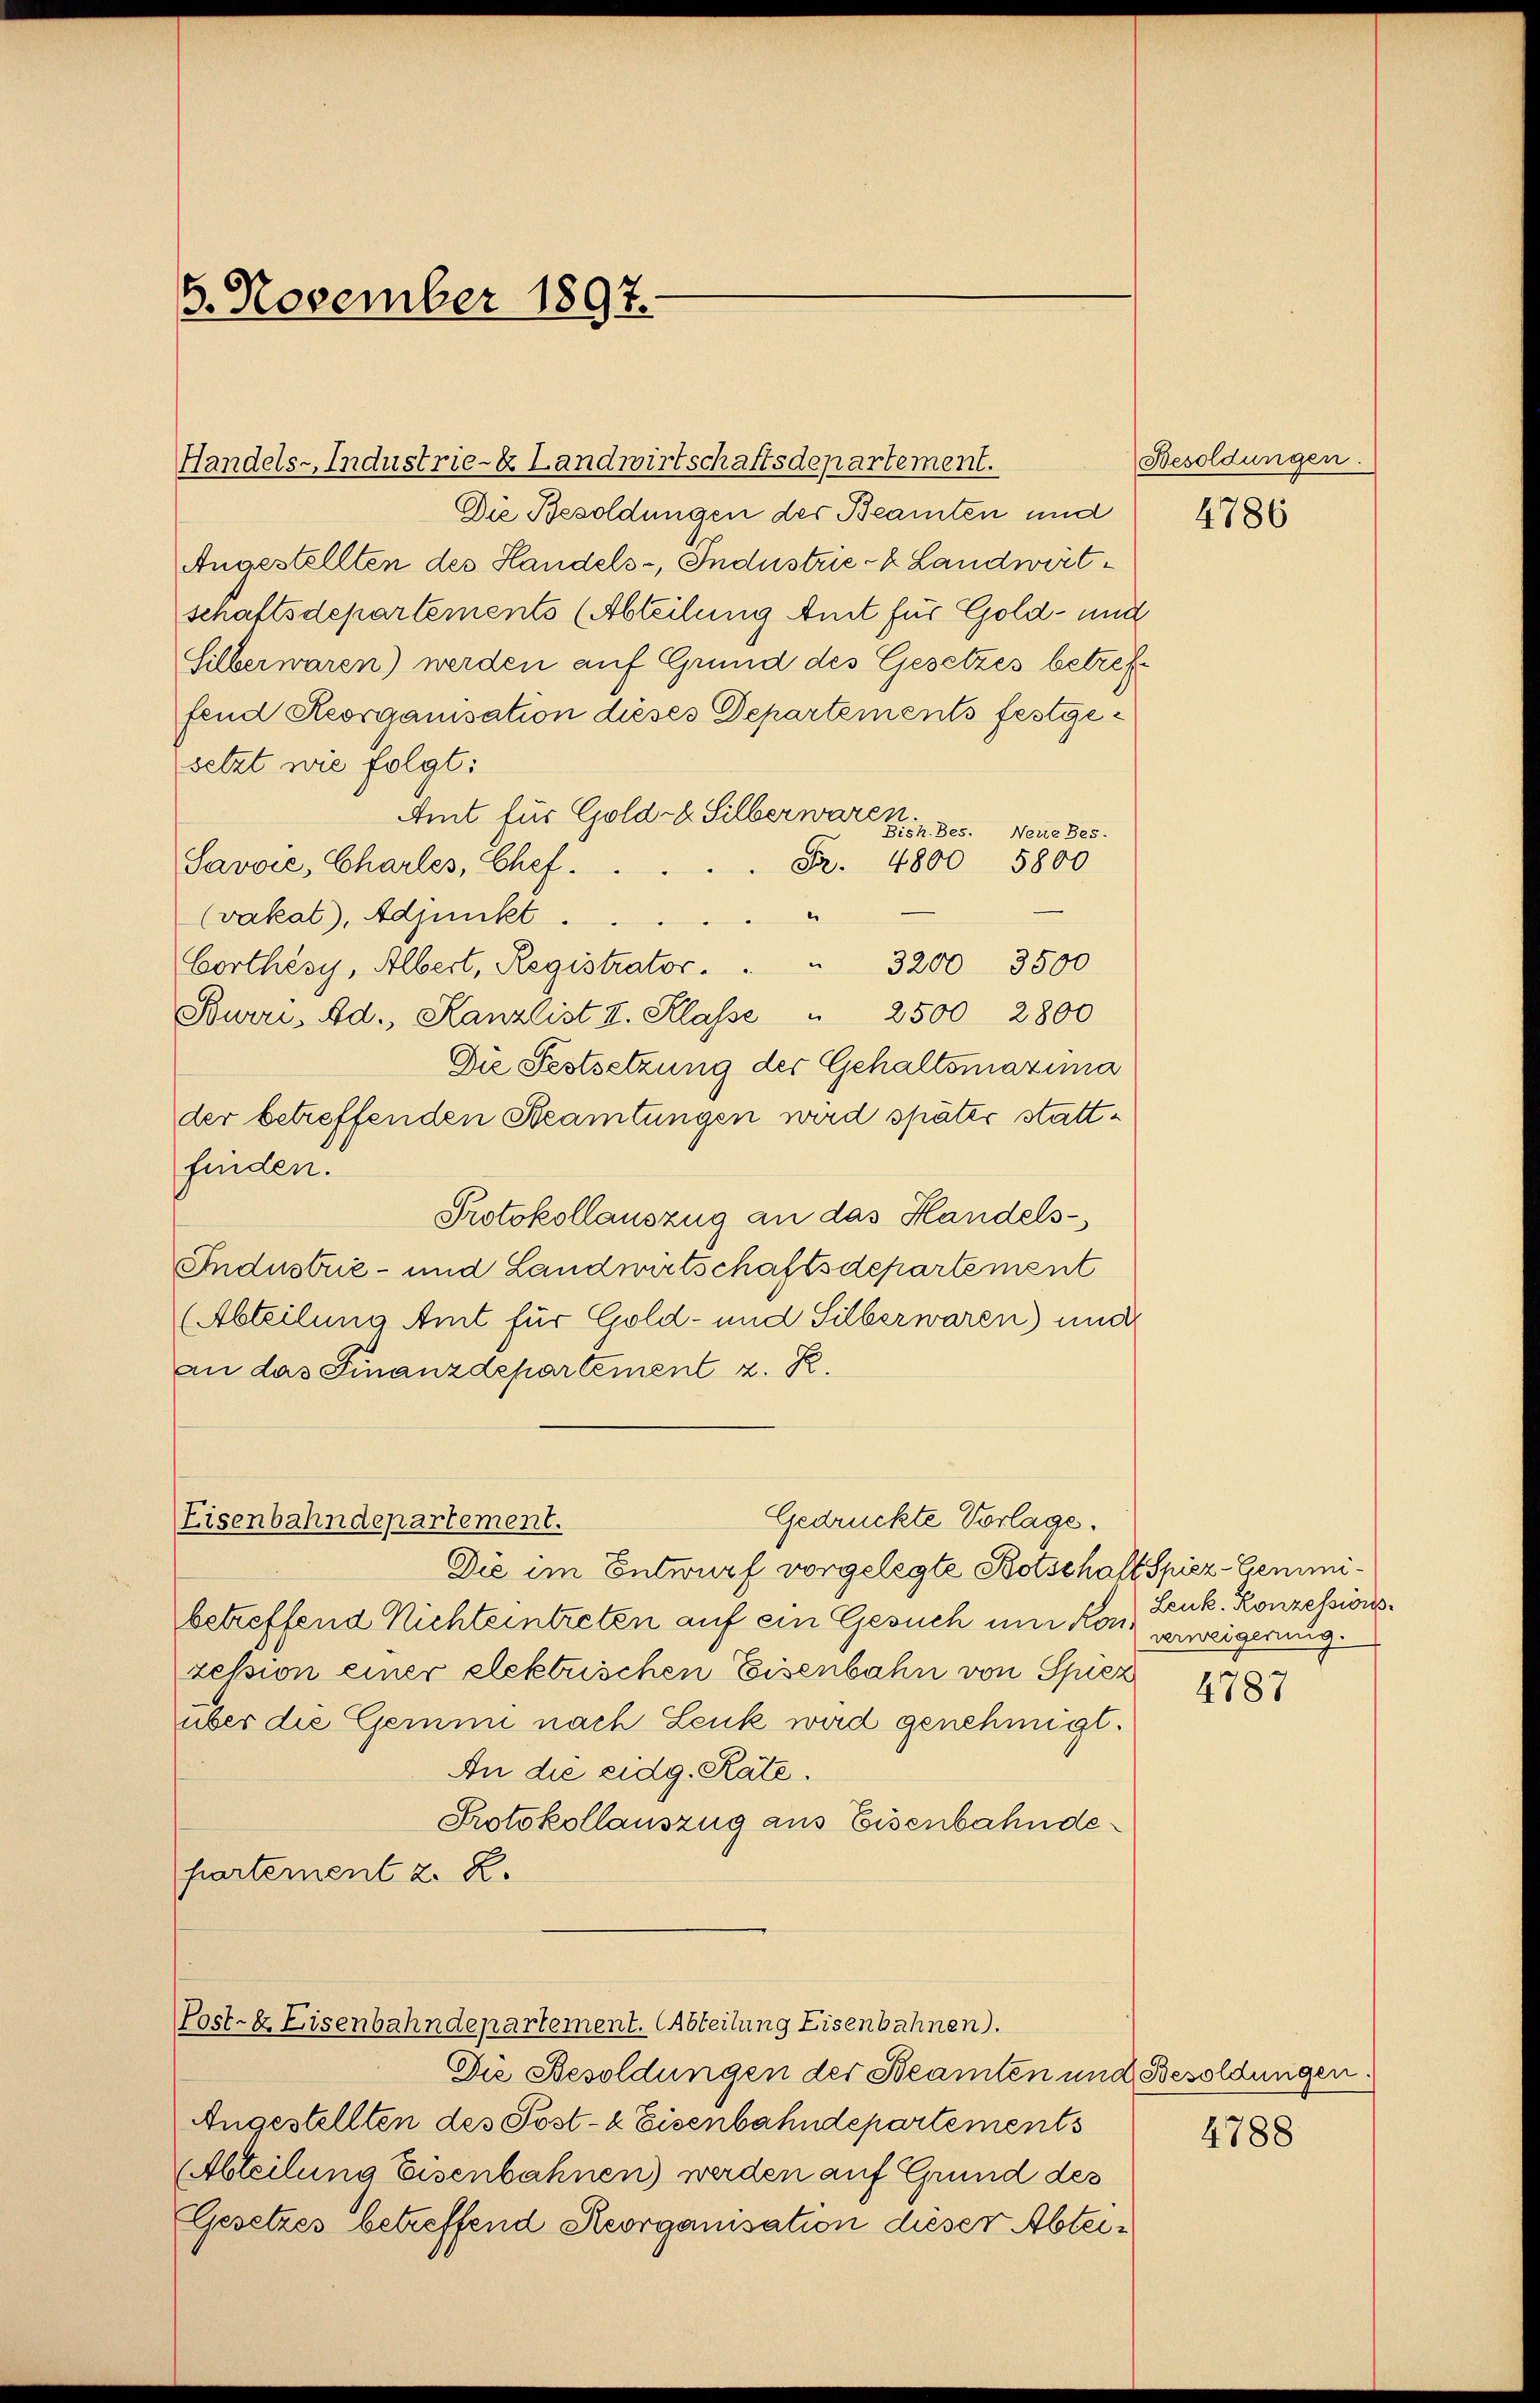
5. November 1897.

Gedrückte Vorlage.
Eisenbahndepartement.

Die Besoldungen der Beamten und
Angestellten des Handels-, Industrie-k Landwirtschaftsdepartements (Abteilung Amt für Gold- und
Silberwaren) werden auf Grund des Gesetzes betreffend Reorganisation dieses Departements festgesetzt wie folgt:
Amt für Gold- & Silberwaren.
Bish.Bes. Neue Bes.
Fr. 4800 5800
Savvie, Charles, Chef.
2
(vakat), Adjunkt.
Corthésy, Albert, Registrator. " " 3200 3500
Burri, Ad., Kanzlist I. Klasse " 2500 2800
Die Festsetzung der Gehaltsmaxima
der betreffenden Steamtungen wird später stattfinden.
Protokollauszug an das Handels-
Industrie- und Landwirtschaftsdepartement
(Abteilung Amt für Gold- und Silberwaren) und
an das Finanzdepartement z. R.

Handels-Industrie- & Landwirtschaftsdepartement.

Die im Entwurf vorgelegte Botschaft Spier-Gemeibetreffend Nichteintreten auf ein Gesuch um Kon verweigerung.
zession einer elektrischen Eisenbahn von Spiez
über die Gemmi nach Leuk wird genehmigt.
An die eidg. Rate.
Protokollauszug aus Eisenbahnde
partement z. B.

(Post- & Eisenbahndepartement. Abteilung Eisenbahnen).

Die Besoldungen der Beamten und Besoldungen.
Angestellten des Post- & Eisenbahndepartement s
Abteilung Eisenbahnen) werden auf Grund des
Gesetzes betreffend Reorganisation dieser Abtei¬

Besoldungen.

4786

Leuk. Konzessions¬

4787